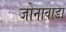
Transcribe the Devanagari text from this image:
जोनावाडा